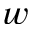
w